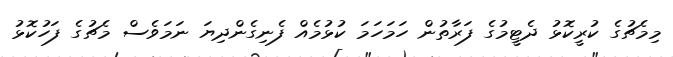
މިމެޗުގެ ކުރީކޮޅު ދެޓީމުގެ ފަރާތުން ހަމަހަމަ ކުޅުމެއް ފެނިގެންދިޔަ ނަމަވެސް މެޗުގެ ފަހުކޮޮޅު